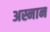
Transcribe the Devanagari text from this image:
अस्नान